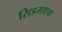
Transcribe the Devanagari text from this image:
सिडमथचा